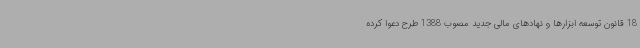
18 قانون توسعه ابزارها و نهادهای مالی جدید مصوب 1388 طرح دعوا کرده